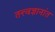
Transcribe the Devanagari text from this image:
तत्त्वज्ञानांत